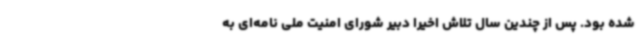
شده بود. پس از چندین سال تلاش اخیرا دبیر شورای امنیت ملی نامه‌ای به